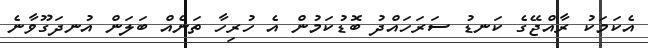
އެކަމަކު ރާއްޖޭގެ ކަނޑު ސަރަހައްދު ބޮޑުކަމުން އެ ހުރިހާ ތަނެއް ބަލަން އުނދަގޫވާނެ